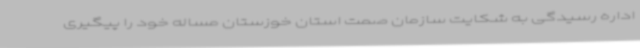
اداره رسیدگی به شکایت سازمان صمت استان خوزستان مساله خود را پیگیری